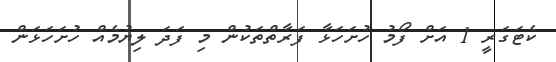
ކެޓަގަރީ 1 އަށް ފޯމު ހުށަހަޅާ ފަރާތްތަކުން މި ފަދަ ލިޔުމެއް ހުށަހަޅަން